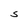
Character: S